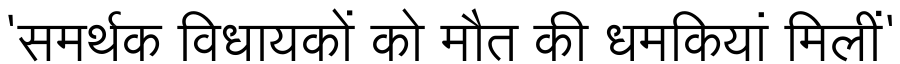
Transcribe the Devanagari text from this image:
'समर्थक विधायकों को मौत की धमकियां मिलीं'